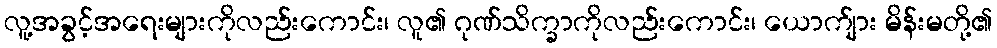
လူ့အခွင့်အရေးများကိုလည်းကောင်း၊ လူ၏ ဂုဏ်သိက္ခာကိုလည်းကောင်း၊ ယောက်ျား မိန်းမတို့၏